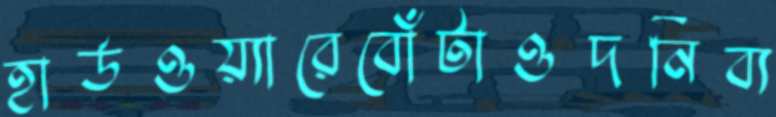
হার্ডওয়্যারেবোঁটাওদনিব্য